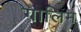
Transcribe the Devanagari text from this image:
गालिम